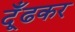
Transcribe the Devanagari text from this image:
दूँढकर